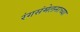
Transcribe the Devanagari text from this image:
रंगसंमेलनाच्या